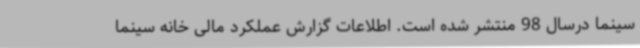
سینما درسال 98 منتشر شده است. اطلاعات گزارش عملکرد مالی خانه سینما